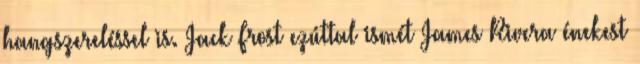
hangszereléssel is. Jack Frost ezúttal ismét James Rivera énekest